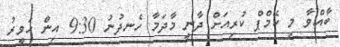
ބާއްވާ މި ކޭމްޕް ކުރިއަށް ދާނީ މާދަމާ ހެނދުނު 9:30 އިން ހަވީރު